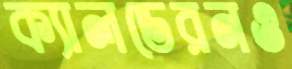
ক্যালডেরনও